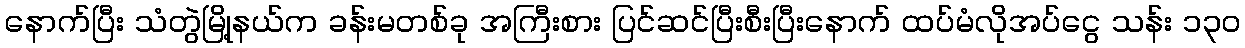
နောက်ပြီး သံတွဲမြို့နယ်က ခန်းမတစ်ခု အကြီးစား ပြင်ဆင်ပြီးစီးပြီးနောက် ထပ်မံလိုအပ်ငွေ သန်း ၁၃၀